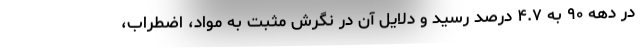
در دهه ۹۰ به ۴.۷ درصد رسید و دلایل آن در نگرش مثبت به مواد، اضطراب،